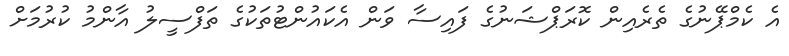
އެ ކެމްޕޭނުގެ ތެރެއިން ކޮރަޕްޝަނުގެ ފައިސާ ވަން އެކައުންޓުތަކުގެ ތަފްސީލު އާންމު ކުރުމަށް